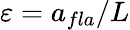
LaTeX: \varepsilon=a_{fla}/L